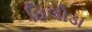
ઘિલોડા